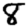
Digit: 8